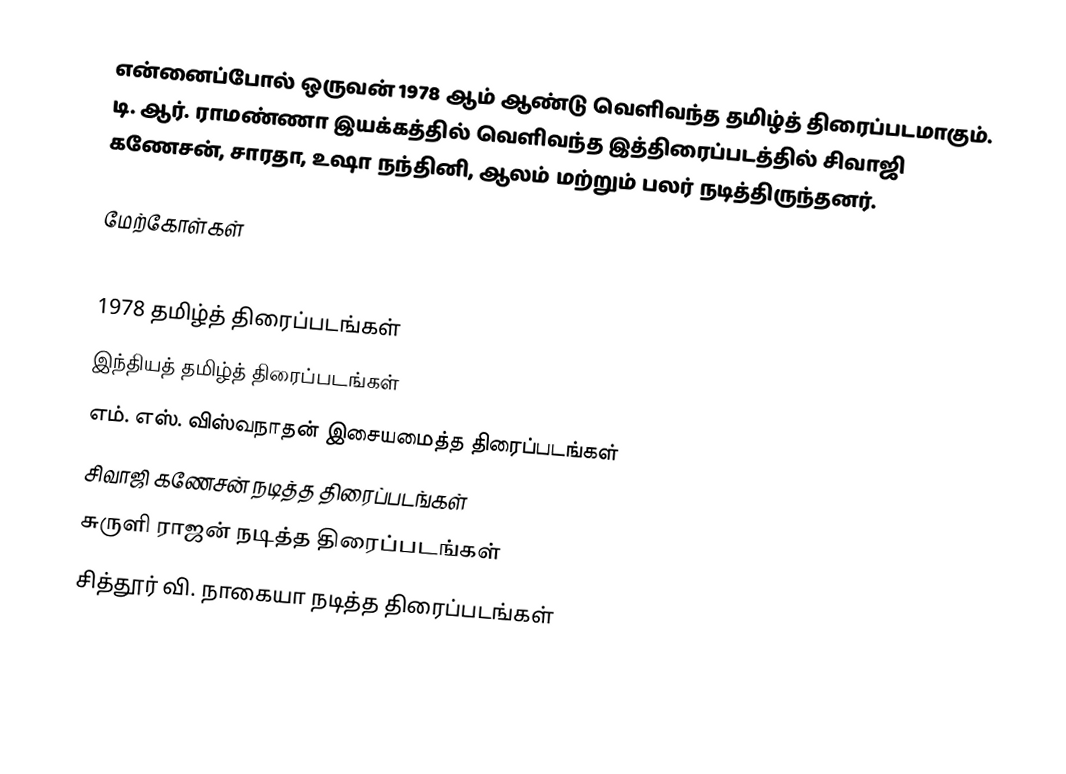
என்னைப்போல் ஒருவன் 1978 ஆம் ஆண்டு வெளிவந்த தமிழ்த் திரைப்படமாகும்.  டி. ஆர். ராமண்ணா இயக்கத்தில் வெளிவந்த இத்திரைப்படத்தில் சிவாஜி கணேசன், சாரதா, உஷா நந்தினி, ஆலம் மற்றும் பலர் நடித்திருந்தனர்.

மேற்கோள்கள்

1978 தமிழ்த் திரைப்படங்கள்
இந்தியத் தமிழ்த் திரைப்படங்கள்
எம். எஸ். விஸ்வநாதன் இசையமைத்த திரைப்படங்கள்
சிவாஜி கணேசன் நடித்த திரைப்படங்கள்
சுருளி ராஜன் நடித்த திரைப்படங்கள்
சித்தூர் வி. நாகையா நடித்த திரைப்படங்கள்